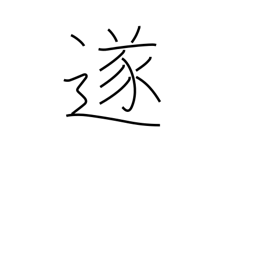
Meaning: consummate